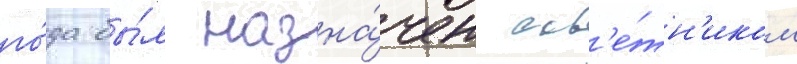
го́да бы́л назна́чен сов'е́тн'иком